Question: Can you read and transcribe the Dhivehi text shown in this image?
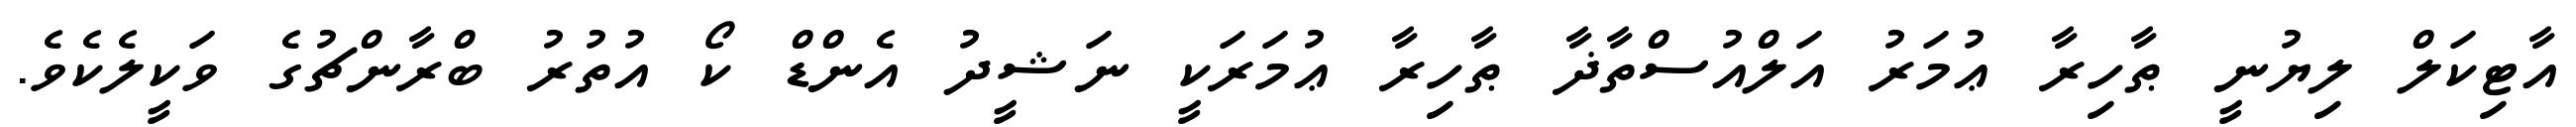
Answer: އާޓިކަލް ލިޔުނީ ޠާހިރާ ޢުމަރު އަލްއުސްތާޛާ ޠާހިރާ ޢުމަރަކީ ނަޝީދު އެންޑް ކޯ އުތުރު ބްރާންޗުގެ ވަކީލެކެވެ.